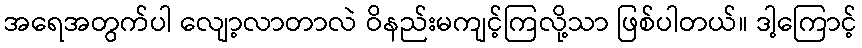
အရေအတွက်ပါ လျော့လာတာလဲ ဝိနည်းမကျင့်ကြလို့သာ ဖြစ်ပါတယ်။ ဒါ့ကြောင့်